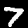
Label: 7